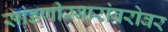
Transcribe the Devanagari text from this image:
सांडणीस्वारांबरोबर